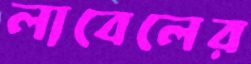
লাবেলের